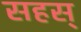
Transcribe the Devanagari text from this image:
सहस्